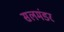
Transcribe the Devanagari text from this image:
सलमंडर